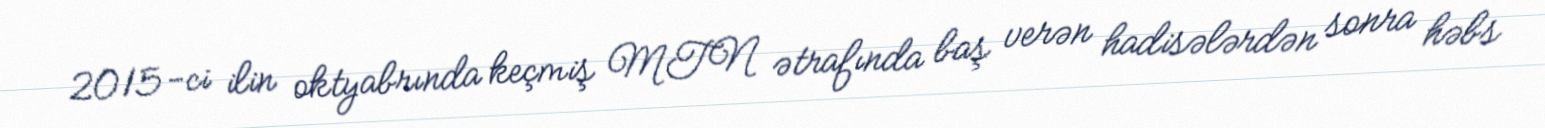
2015-ci ilin oktyabrında keçmiş MTN ətrafında baş verən hadisələrdən sonra həbs